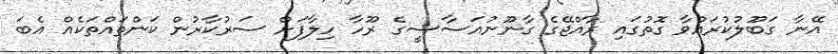
އޭނާ ގަބޫލުކުރައްވާ ގޮތުގައި ރާއްޖޭގެ ގާނޫނުއަސާސީގެ ރޫހާ ހިލާފަށް ސަރުކާރުން ކަންތައްތަކެއް އެބަ